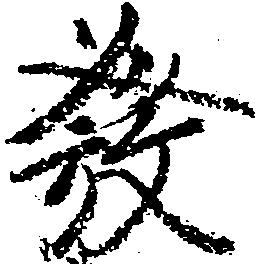
発